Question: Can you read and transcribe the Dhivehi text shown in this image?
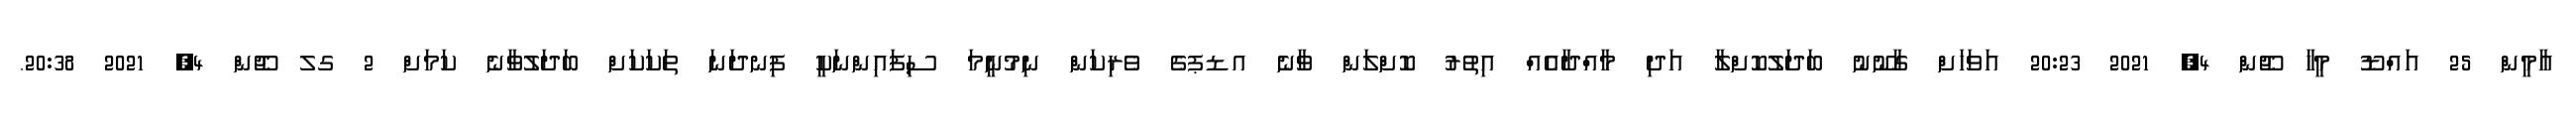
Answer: އާމީން 25 އައްޑޫ މީހާ ޖޫން 4, 2021 20:23 އަވަހަށް ގާނޫނު ބަދަލުކޮށްލާ އަދި މާއްދާއެއް އިތުރު ކޮށްލަން ވާނެ އޑޕގެ ވެރިކަން ނިމުނީމަ ސިފައިންނަކީ ފިނދަނަ ތަކަކަށް ބަދަލުވާނެ ކަމަށް 2 ގލ ޖޫން 4, 2021 20:38.